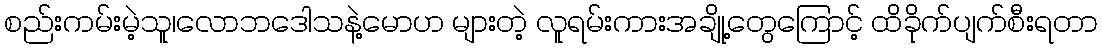
စည်းကမ်းမဲ့သူ၊လောဘဒေါသနဲ့မောဟ များတဲ့ လူရမ်းကားအချို့တွေကြောင့် ထိခိုက်ပျက်စီးရတာ